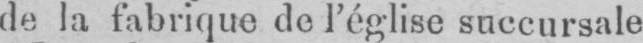
de la fabrique de l’église succursale